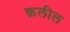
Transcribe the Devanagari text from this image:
क़लील